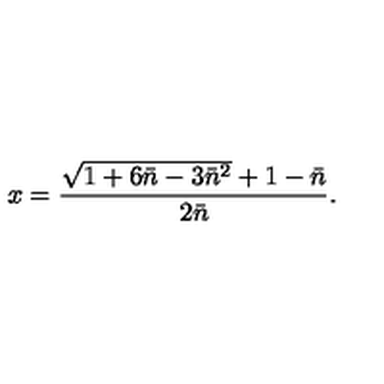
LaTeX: x = { \frac { \sqrt { 1 + 6 \bar { n } - 3 \bar { n } ^ { 2 } } + 1 - \bar { n } } { 2 \bar { n } } } .